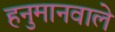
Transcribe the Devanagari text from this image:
हनुमानवाले